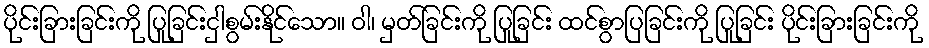
ပိုင်းခြားခြင်းကို ပြုခြင်းငှါစွမ်းနိုင်သော။ ဝါ၊ မှတ်ခြင်းကို ပြုခြင်း ထင်စွာပြခြင်းကို ပြုခြင်း ပိုင်းခြားခြင်းကို